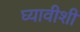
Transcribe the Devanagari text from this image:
घ्यावीशी